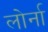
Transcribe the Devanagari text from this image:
लोर्ना